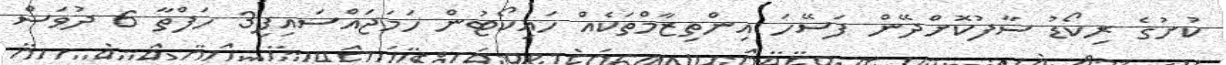
ކުށުގެ ރިކޯޑު ސާފުކޮށްދޭން ފަސޭހަ އިންތިޒާމްތަކެއް ހައިކޯޓުން ހަމަޖައްސައިފި3 ހަފްތާ 6 ދުވަސް